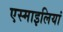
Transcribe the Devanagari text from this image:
एस्माइलियां